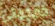
جمجمتي